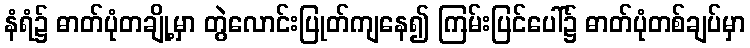
နံရံ၌ ဓာတ်ပုံတချို့မှာ တွဲလောင်းပြုတ်ကျနေ၍ ကြမ်းပြင်ပေါ်၌ ဓာတ်ပုံတစ်ချပ်မှာ